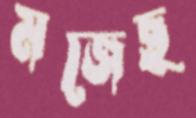
মজেছ